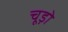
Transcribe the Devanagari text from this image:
चूड़ो